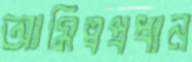
আমিত্বপ্রধান